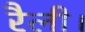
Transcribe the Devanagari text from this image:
रैली।